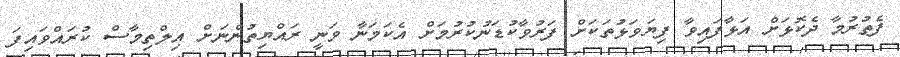
ފެތުރުމާ ދެކޮޅަށް އަޅާފައިވާ ފިޔަވަޅުތަކަށް ފަރުވާކުޑަނުކުރުމަށް އެކަމަނާ ވަނީ ރައްޔިތުންނަށް އިލްތިމާސް ކުރައްވައިފަ